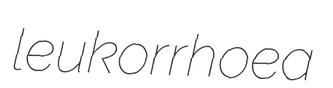
leukorrhoea